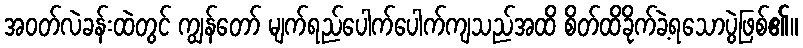
အဝတ်လဲခန်းထဲတွင် ကျွန်တော် မျက်ရည်ပေါက်ပေါက်ကျသည်အထိ စိတ်ထိခိုက်ခဲ့ရသောပွဲဖြစ်၏။